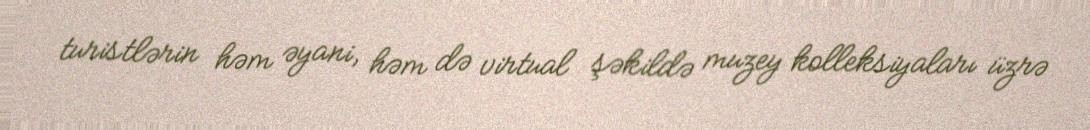
turistlərin həm əyani, həm də virtual şəkildə muzey kolleksiyaları üzrə